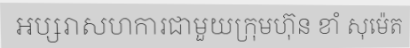
អប្សរាសហការជាមួយក្រុមហ៊ុន ខាំ សុម៉េត